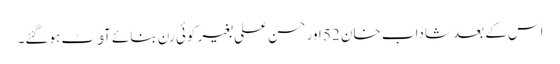
اس کے بعد شاداب خان 52 اور حسن علی بغیر کوئی رن بنائے آﺅٹ ہوگئے۔